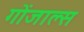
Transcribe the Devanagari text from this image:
गोंजाल्स